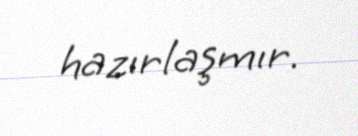
hazırlaşmır.